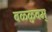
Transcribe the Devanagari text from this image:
वळ्ळुवम्